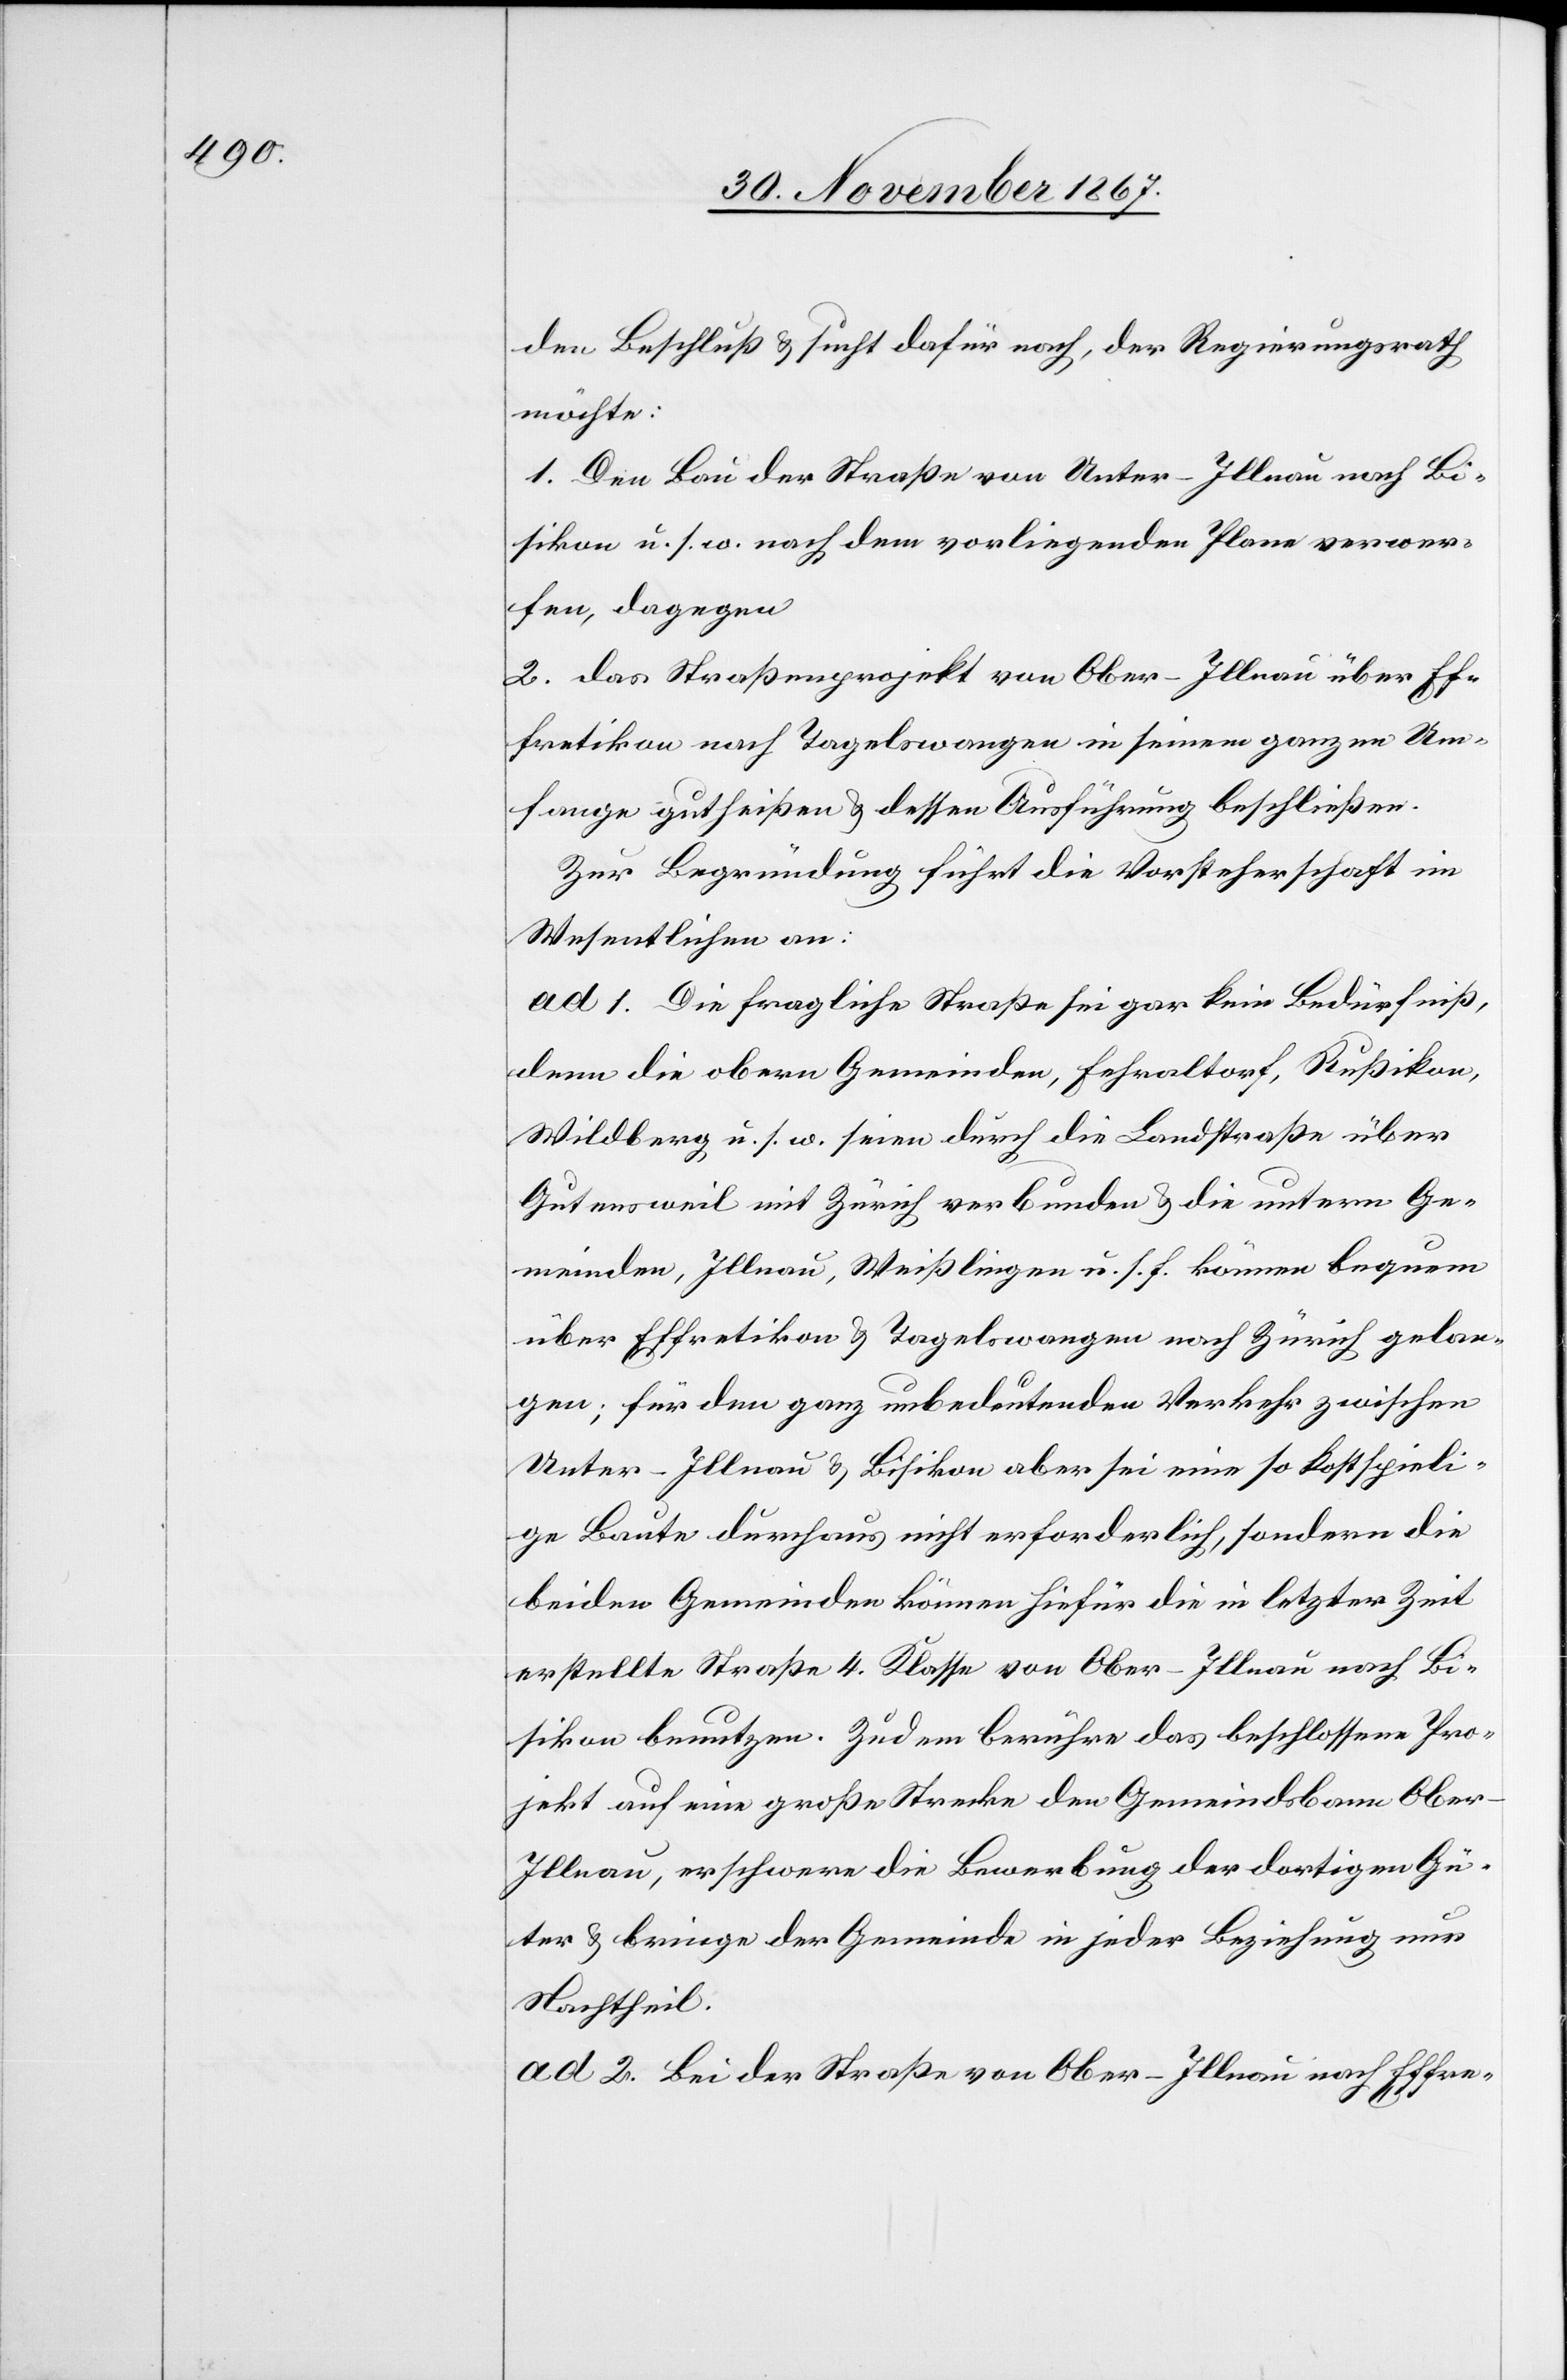
den Beschluß u. sucht dafür nach, der Regierungsrath
möchte:
1. Den Bau der Straße von Unter-Illnau nach Bi¬
sikon u. s. w. nach dem vorliegenden Plane verwer¬
fen, dagegen
2. das Straßenprojekt von Ober-Illnau über Ef¬
fretikon nach Tagelswangen in seinem ganzen Um¬
fange gutheißen u. dessen Ausführung beschließen.
Zur Begründung führt die Vorsteherschaft im
Wesentlichen an:
ad 1. Die fragliche Straße sei gar kein Bedürfniß,
denn die obern Gemeinden, Fehraltorf, Rußikon,
Wildberg u. s. w. seien durch die Landstraße über
Gutensweil mit Zürich verbunden u. die untern Ge¬
meinden, Illnau, Weißlingen u. s. f. können bequem
über Effretikon u. Tagelswangen nach Zürich gelan¬
gen; für den ganz unbedeutenden Verkehr zwischen
Unter-Illnau u. Bisikon aber sei eine so kostspieli¬
ge Baute durchaus nicht erforderlich, sondern die
beiden Gemeinden können hiefür die in letzter Zeit
erstellte Straße 4. Klasse von Ober-Illnau nach Bi¬
sikon benutzen. Zudem berühre das beschlossene Pro¬
jekt auf eine große Strecke den Gemeindsbann Obe¬
r-Illnau, erschwere die Bewerbung der dortigen Gü¬
ter u. bringe der Gemeinde in jeder Beziehung nur
Nachtheil.
ad 2. Bei der Straße von Ober-Illnau nach Effre-